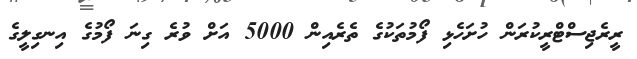
ރީރެޖިސްޓްރީކުރަން ހުށަހެޅި ފޯމުތަކުގެ ތެރެއިން 5000 އަށް ވުރެ ގިނަ ފޯމުގެ އިނގިލީގެ